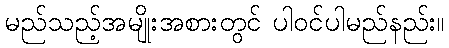
မည်သည့်အမျိုးအစားတွင် ပါဝင်ပါမည်နည်း။